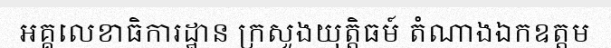
អគ្គលេខាធិការដ្ឋាន ក្រសួងយុត្តិធម៍ តំណាងឯកឧត្តម